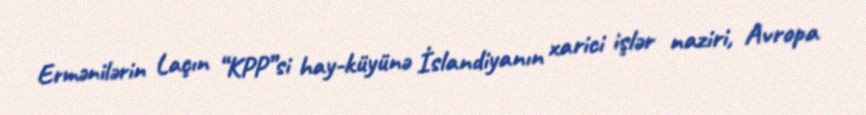
Ermənilərin Laçın “KPP”si hay-küyünə İslandiyanın xarici işlər naziri, Avropa